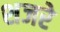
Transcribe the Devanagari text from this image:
शजरे